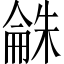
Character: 𣗾